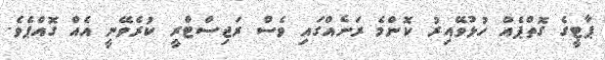
ޕާޓީގެ ގޮތްޕެއް ހުޅުވޭއިރު ކޮންމެ ރަށެއްގައި ވެސް ރަޖިސްޓްރީ ކުރެވޭނީ އެއް ގޮއްޕެވެ.